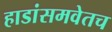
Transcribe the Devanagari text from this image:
हाडांसमवेतच